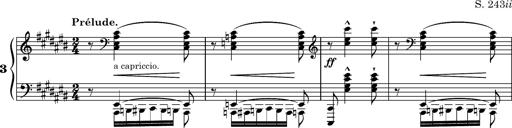
Title: Ungarische Nationalmelodien, S.243
Composer: Franz Liszt